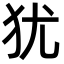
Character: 犹